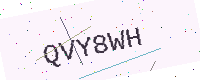
Text: QVY8WH